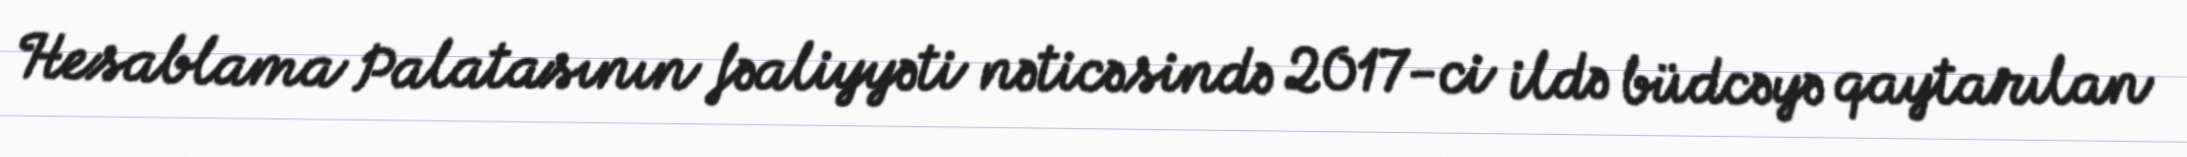
Hesablama Palatasının fəaliyyəti nəticəsində 2017-ci ildə büdcəyə qaytarılan